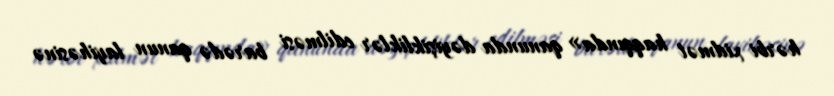
hərbi xidmət haqqında» qanunda dəyişikliklər edilməsi barədə qanun layihəsinə